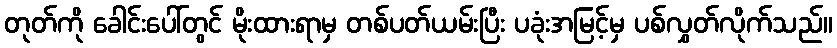
တုတ်ကို ခေါင်းပေါ်တွင် မိုးထားရာမှ တစ်ပတ်ယမ်းပြီး ပခုံးအမြင့်မှ ပစ်လွှတ်လိုက်သည်။